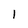
Character: 1